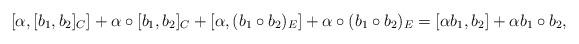
LaTeX: \begin{align*}[\alpha,[b_{1},b_{2}]_{C}]+\alpha\circ[b_{1},b_{2}]_{C}+[\alpha,(b_{1}\circ b_{2})_{E}]+\alpha\circ(b_{1}\circ b_{2})_{E}=[\alpha b_{1},b_{2}]+\alpha b_{1}\circ b_{2},\end{align*}